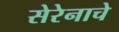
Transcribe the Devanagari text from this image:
सेरेनाचे